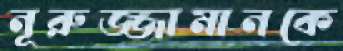
নূরুজ্জামানকে